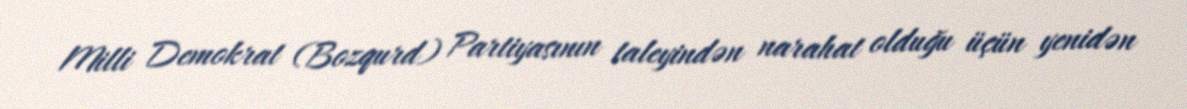
Milli Demokrat (Bozqurd) Partiyasının taleyindən narahat olduğu üçün yenidən